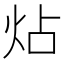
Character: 炶